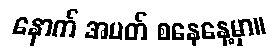
နောက် အပတ် စနေနေ့မှာ။